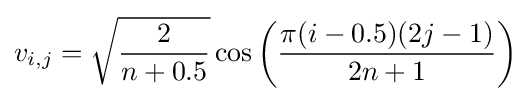
v_{i,j}={\sqrt {\frac {2}{n+0.5}}}\cos \left({\frac {\pi (i-0.5)(2j-1)}{2n+1}}\right)